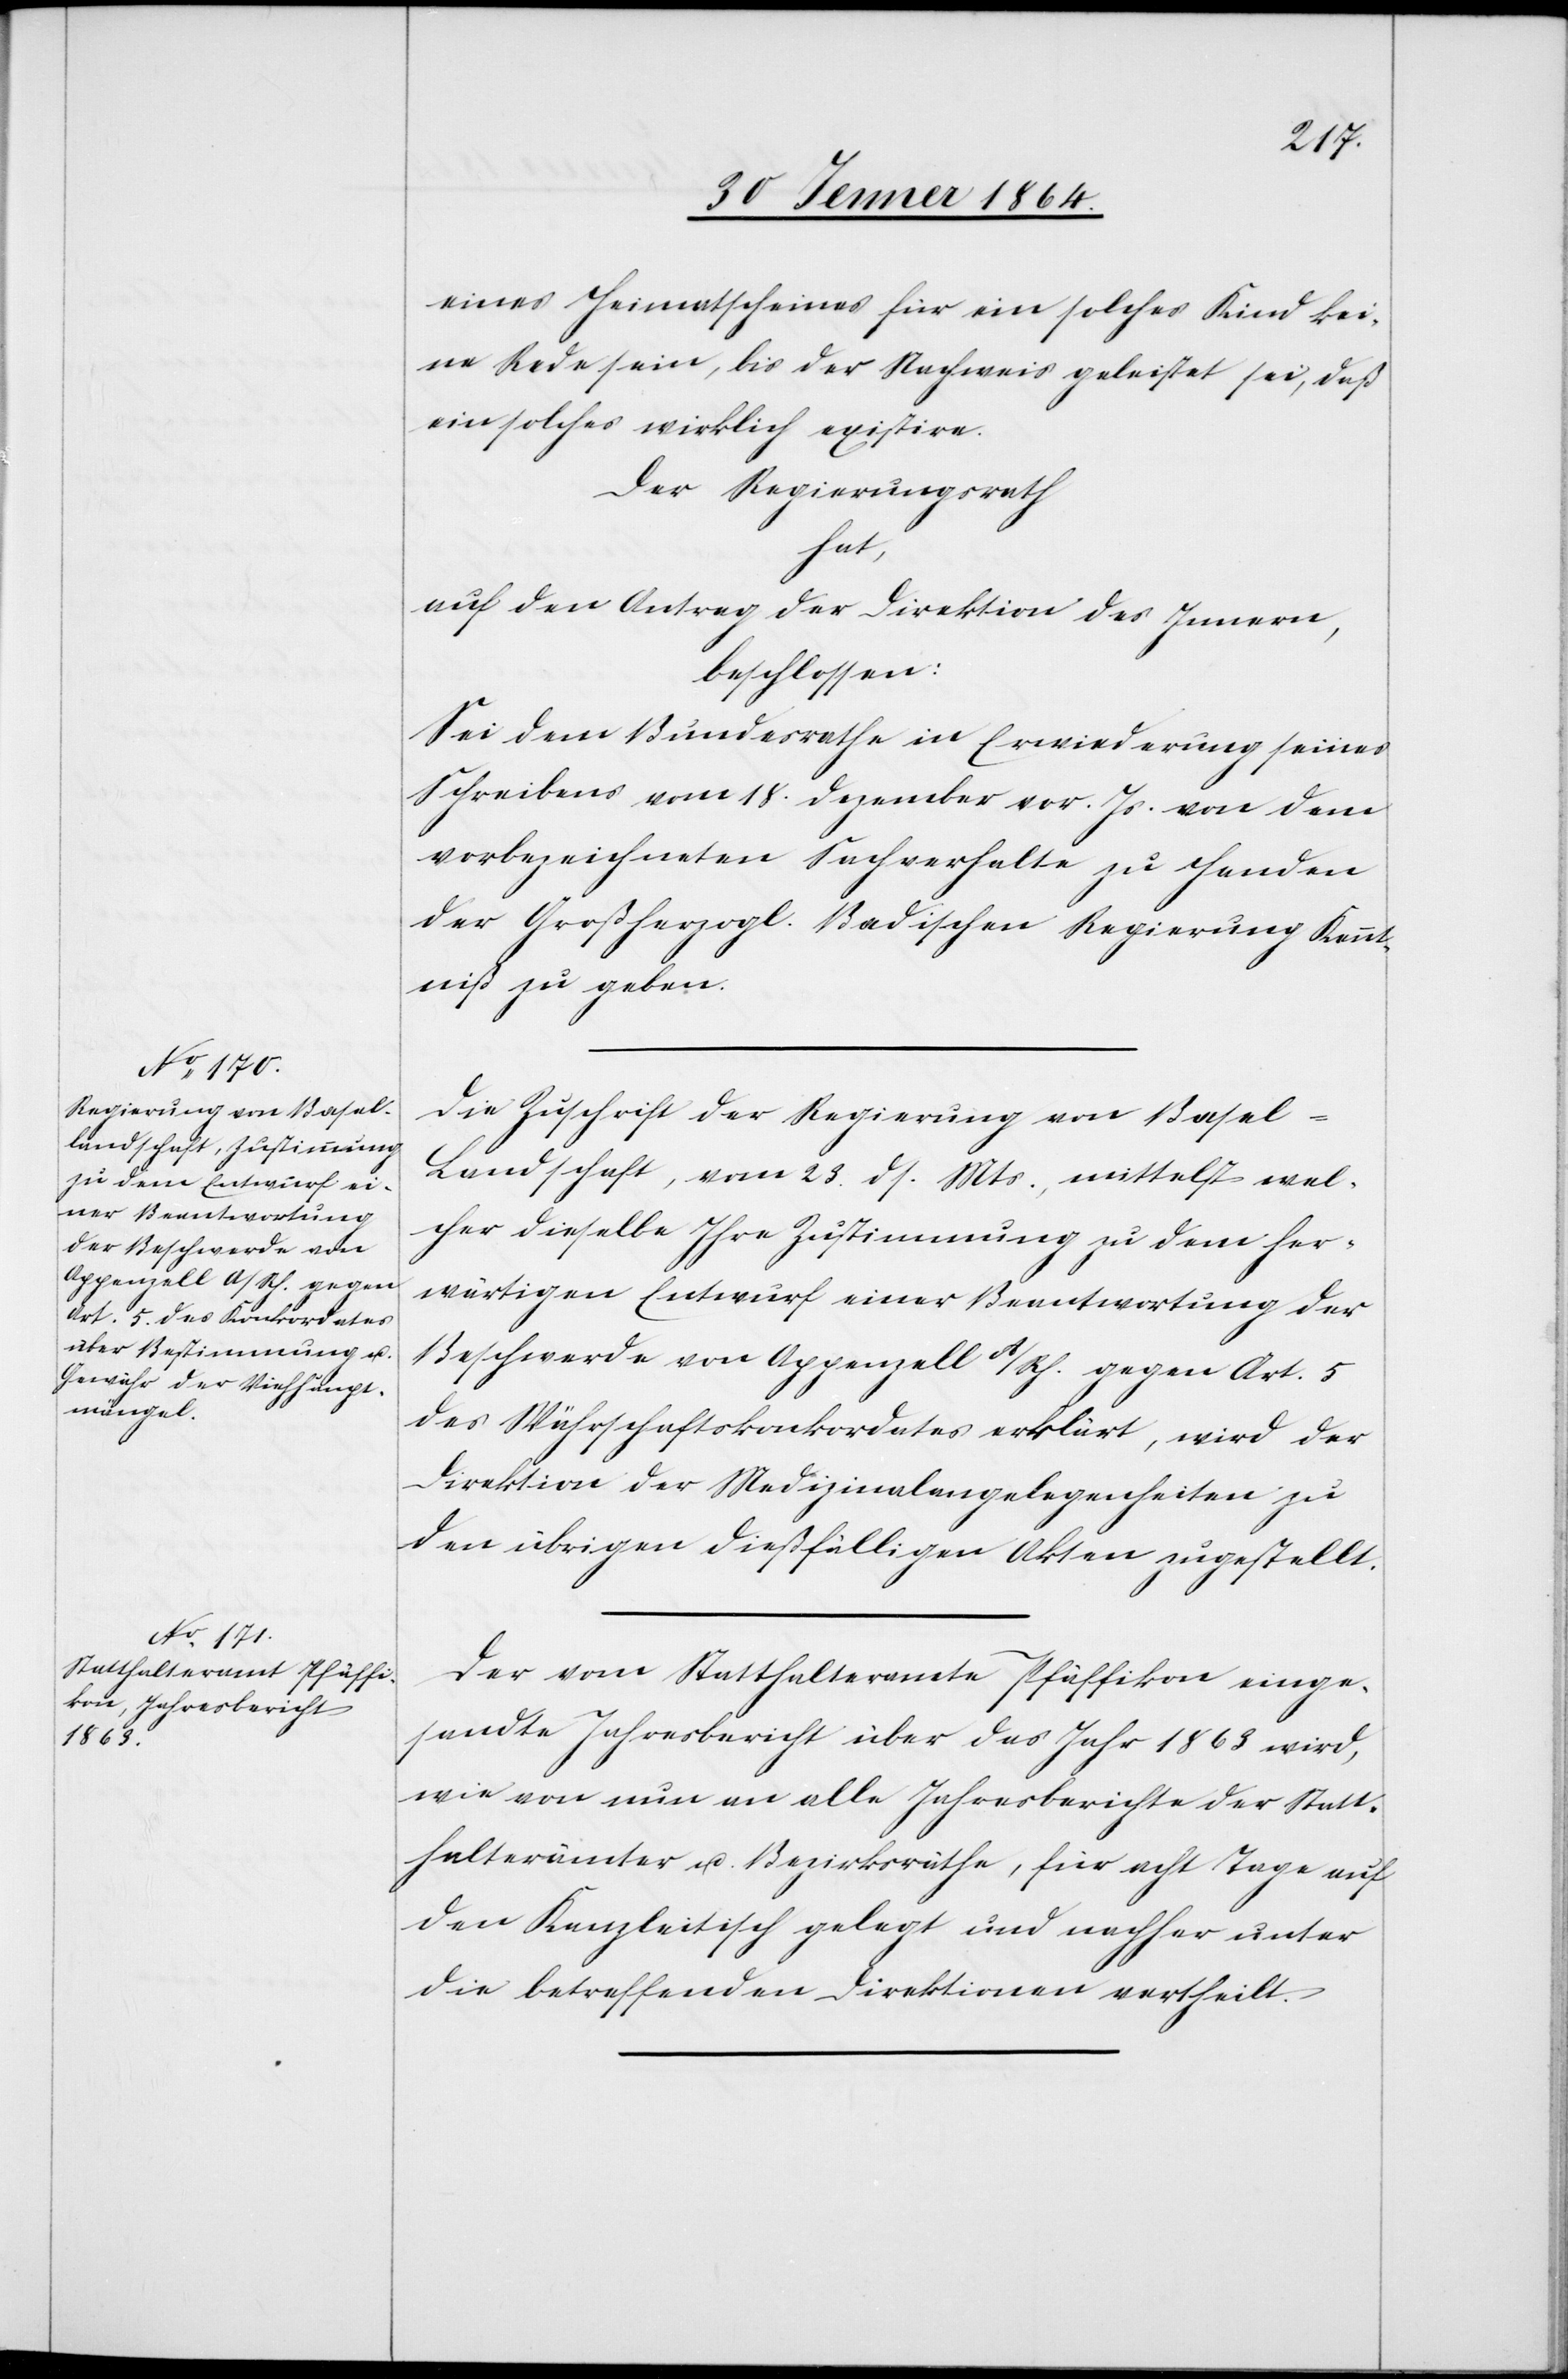
eines Heimatscheines für ein solches Kind kei¬
ne Rede sein, bis der Nachweis geleistet sei, daß
ein solches wirklich existire.
Der Regierungsrath
hat,
auf den Antrag der Direktion des Innern,
beschlossen:
Sei dem Bundesrathe in Erwiederung seines
Schreibens vom 18. Dezember vor. Js. von dem
vorbezeichneten Sachverhalte zu Handen
der Großherzogl. Badischen Regierung Kennt¬
niß zu geben.
Die Zuschrift der Regierung von Basel-L¬
andschaft vom 23. ds. Mts., mittelst wel¬
cher dieselbe Ihre Zustimmung zu dem her¬
wärtigen Entwurf einer Beantwortung der
Beschwerde von Appenzell A/Rh. gegen Art. 5
des Währschaftskonkordates erklärt, wird der
Direktion der Medizinalangelegenheiten zu
den übrigen dießfälligen Akten zugestellt.
Der vom Statthalteramte Pfäffikon einge¬
sandte Jahresbericht über das Jahr 1863 wird,
wie von nun an alle Jahresberichte der Statt¬
halterämter u. Bezirksräthe, für acht Tage auf
den Kanzleitisch gelegt und nachher unter
die betreffenden Direktionen vertheilt.